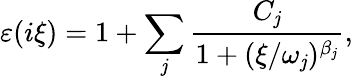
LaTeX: \varepsilon(i\xi)=1+\underset{\mathit{j}}{\overset{}{\sum}}\frac{{C_{\mathit{j}}}}{{1+(\xi/\omega_{\mathit{j}})^{\beta_{\mathit{j}}}}},